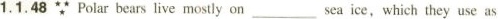
1.1.48\because Polar bears live mostly on___sea ice, which they use as